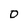
Character: D